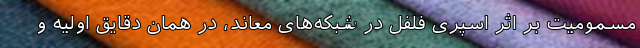
مسمومیت بر اثر اسپری فلفل در شبکه‌های معاند، در همان دقایق اولیه و